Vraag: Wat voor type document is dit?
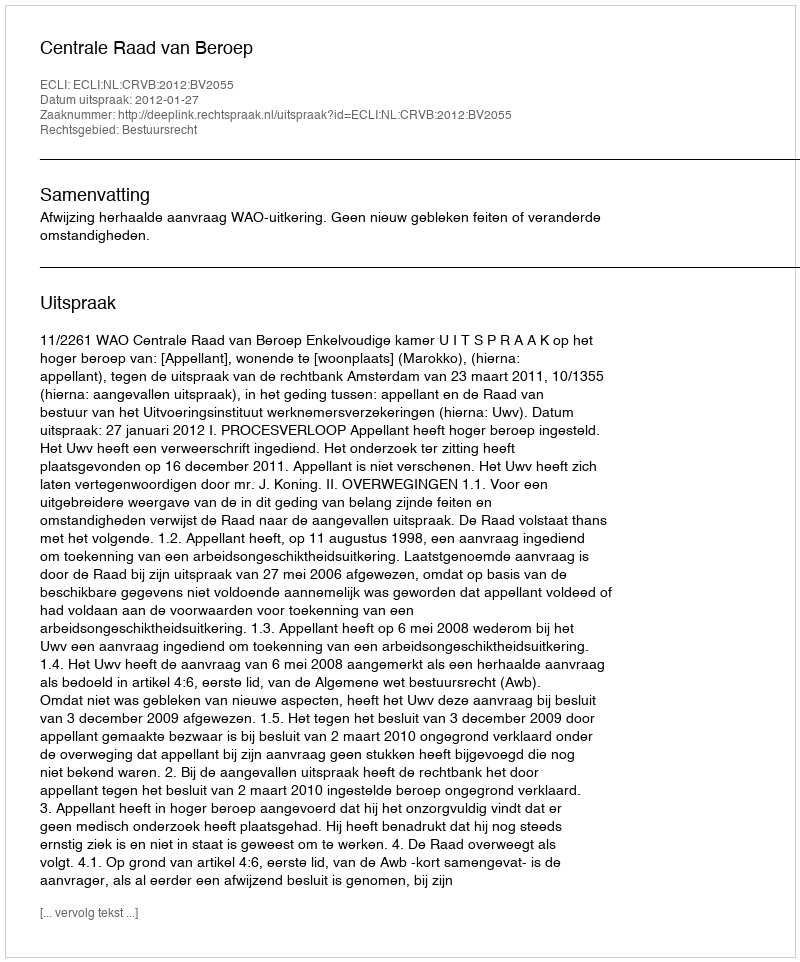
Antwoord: Uitspraak